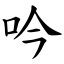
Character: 吟